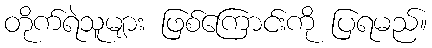
တိုက်ရဲသူများ ဖြစ်ကြောင်းကို ပြရမည်။